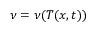
\nu = \nu ( T ( x , t ) )